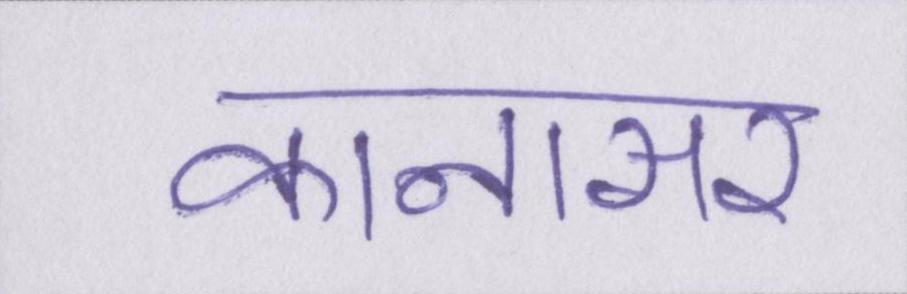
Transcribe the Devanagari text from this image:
कानासर